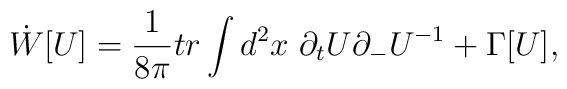
\dot{W}[U] = \frac{1}{8 \pi} tr \int d^2x~ \partial_t U\partial_- U^{-1}+ \Gamma [U],